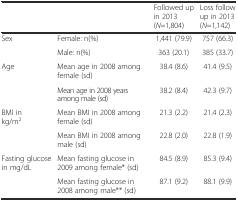
|  |  | Followed up in 2013 (N=1,804) | Loss follow up in 2013 (N=1,142) |
 | --- | --- | --- | --- |
 | Sex | Female: n(%) | 1,441 (79.9) | 757 (66.3) |
 |  | Male: n(%) | 363 (20.1) | 385 (33.7) |
 | Age | Mean age in 2008 among female (sd) | 38.4 (8.6) | 41.4 (9.5) |
 |  | Mean age in 2008 years among male (sd) | 38.2 (8.4) | 42.3 (9.7) |
 | BMI in kg/m2 | Mean BMI in 2008 among female (sd) | 21.3 (2.2) | 21.4 (2.3) |
 |  | Mean BMI in 2008 among male (sd) | 22.8 (2.0) | 22.8 (1.9) |
 | Fasting glucose in mg/dL | Mean fasting glucose in 2009 among female* (sd) | 84.5 (8.9) | 85.3 (9.4) |
 |  | Mean fasting glucose in 2008 among male** (sd) | 87.1 (9.2) | 88.1 (9.9) |